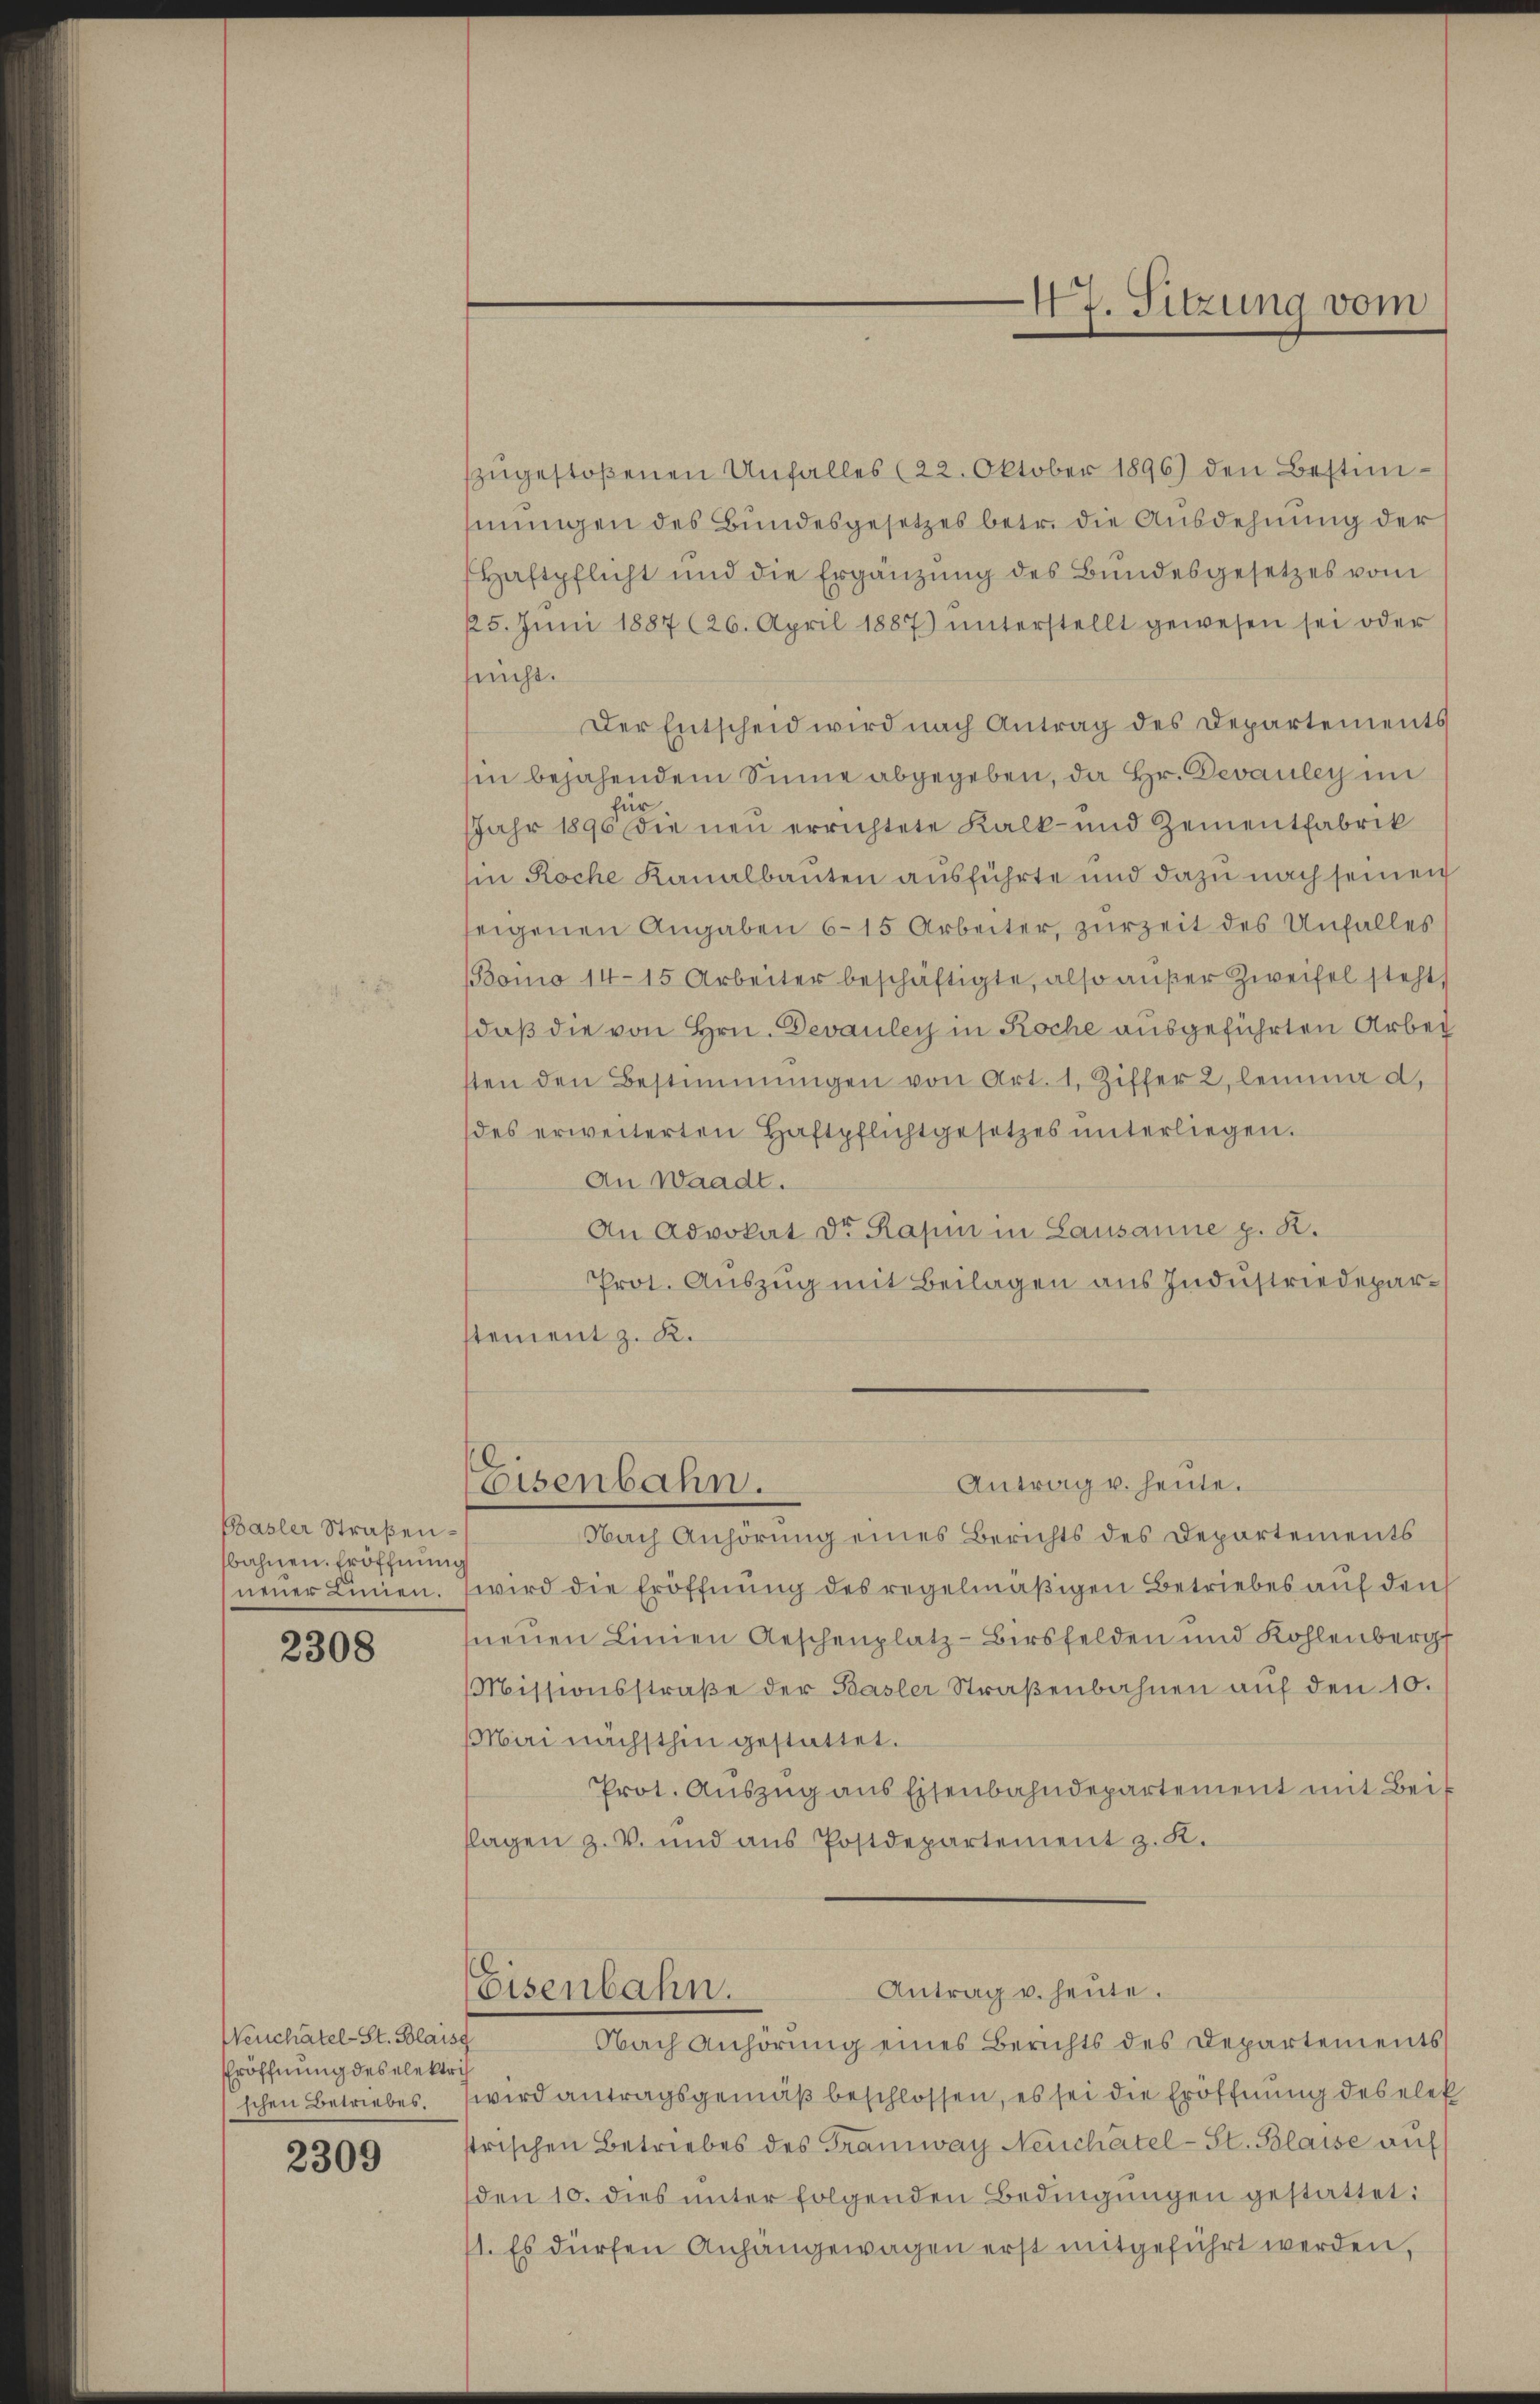
Basler Straßenbahnen. Eröffnung
neuer Linien.

2308

Weuchatel-St. Blaiss
Eröffnung des elektris

2309

szugestoßenen Unfalles (22. Oktober 1896) den Bestimmungen des Bundesgesetzes betr. die Ausdehnung der
Haftpflicht und die Ergänzŭng des Bundesgesetzes vom
25. Jŭni 1887 (26. April 1887 ŭnterstellt gewesen sei oder
sricht.
Der Entscheid wird nach Antrag des Departements
hin bejahendem Sinne abgegeben, da Hr. Devauley im
für
Jahr 1896 die neu errichtete Kalk- und Zementfabrik
in Roche Kanalbauten ausführte und dazu nach seinen
seigenen Angaben 615 Arbeiter, zurzeit des Unfalles
(Boino 14–15 Arbeiter beschäftigte, also außer Zweifel steht,
daß die von Hrn. Devauley in Roche ausgeführten Arbei
sten den Bestimmungen von Art. 1, Ziffer 2 lemma d.
des erweiterten Haftpflichtgesetzes ŭnterliegen.
An Waadt.
An Advokat Dr. Rapin in Lausanne p. R.
Prot. Auszug mit Beilagen aus Industriedeparstement z. R.
Antrag u. heute.
Eisenbahn.
Nach Anhörung eines Berichts des Departements
wird die Eröffnung des regelmäßigen Betriebes auf den
neuen Linien Aeschenplatz-Birsfelden und Kohlenberg
Missionsstraße der Basler Straßenbahnen auf den 10.
Mai nächsthin gestattet.
Prot. Auszug aus Eisenbahndepartement mit Beif
flagen z. V. und aŭs Postdepartement z. K.
Antrag u. heute.
Eisenbahn.
Nach Anhörung eines Berichts des Departements
schen Betriebes. wird antragsgemäß beschlossen, es sei die Eröffnung des elek
strischen Betriebes des Tramway Neuchatel-St. Blaise auf
den 10. dies unter folgenden Bedingŭngen gestattet:
1. Es dürfen Anhangewagen erst mitgeführt werden,

47. Sitzung vom